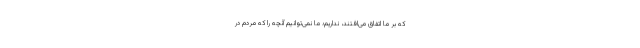
که بر ما اتفاق می‌افتند، نداریم؛ ما نمی‌توانیم آنچه را که مردم در